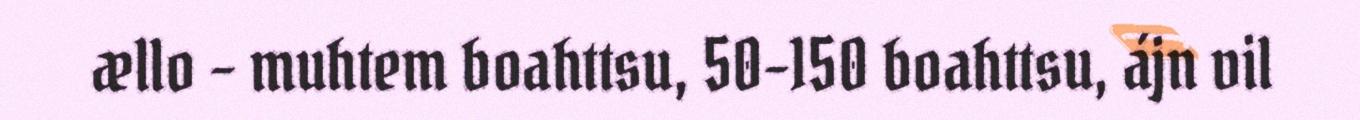
ællo – muhtem boahttsu, 50-150 boahttsu, ájn vil